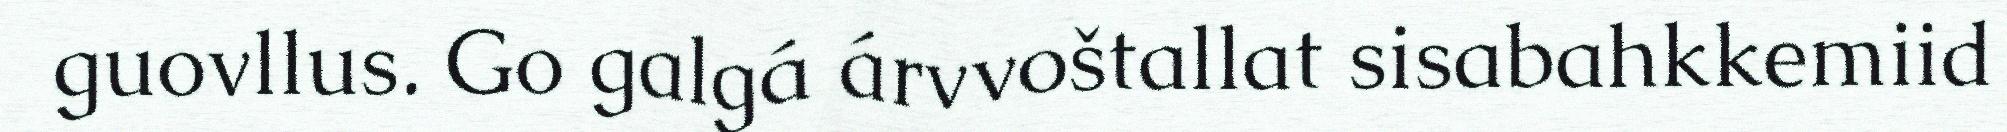
guovllus. Go galgá árvvoštallat sisabahkkemiid